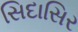
સિદાસિર